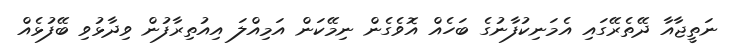
ނަތީޖާއާ ދޭތެރޭގައި އެމަނިކުފާނުގެ ބަހެއް އޮވެގެން ނިމޭކަން އަމިއްލަ އިއުތިރާފުން ވިދާޅުވި ބޭފުޅެއް